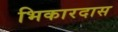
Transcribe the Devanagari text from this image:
भिकारदास